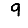
Digit: 9